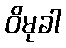
ဝိမုခါ